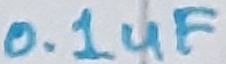
Text: 0.1uF